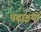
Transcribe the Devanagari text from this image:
पढ़ाइयों